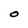
Character: O